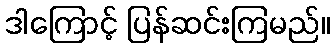
ဒါကြောင့် ပြန်ဆင်းကြမည်။